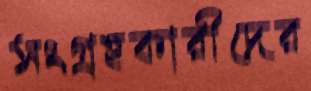
সংগ্রহকারীদের